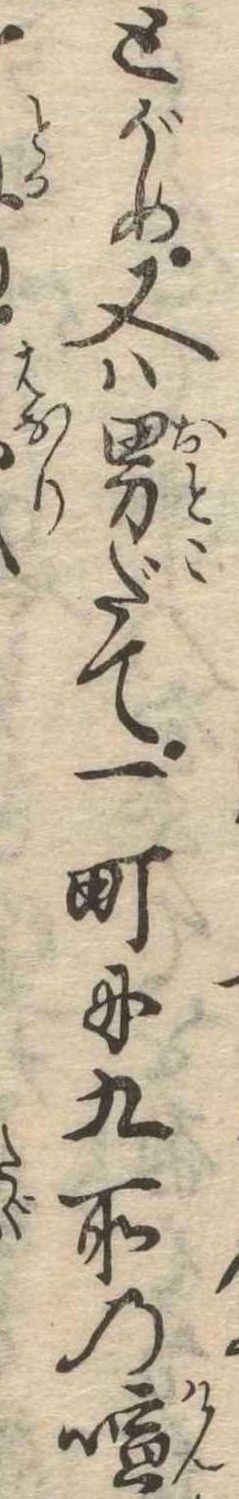
とがめ又は男だて一町に九所の喧